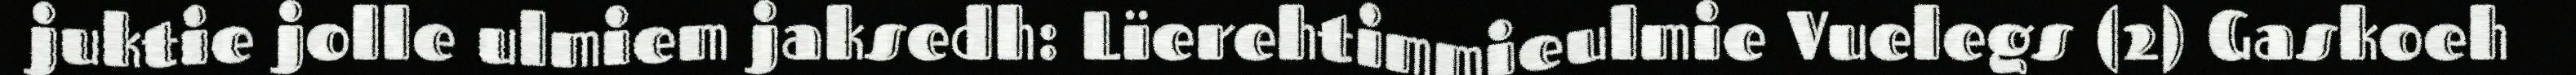
juktie jolle ulmiem jaksedh: Lïerehtimmieulmie Vuelegs (2) Gaskoeh